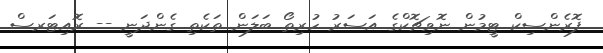
ފޮރެންސިކް ޓީމުން ނޮވިޗޮކްގެ އަސަރު ހުރިތޯ ބަލަން ތަކެތި ގެންދަނީ -- ރޮއިޓަރސް